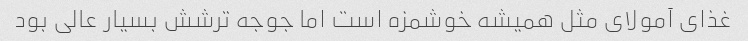
غذای آمولای مثل همیشه خوشمزه است اما جوجه ترشش بسیار عالی بود